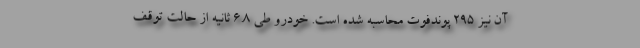
آن نیز 295 پوندفوت محاسبه شده است. خودرو طی 6.8 ثانیه از حالت توقف